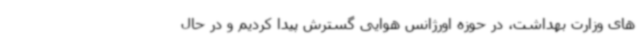
های وزارت بهداشت، در حوزه اورژانس هوایی گسترش پیدا کردیم و در حال